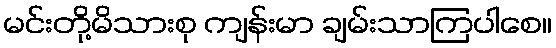
မင်းတို့မိသားစု ကျန်းမာ ချမ်းသာကြပါစေ။